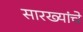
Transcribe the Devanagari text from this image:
सारख्यांचे